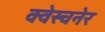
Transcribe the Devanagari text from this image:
क्वेस्चनेर